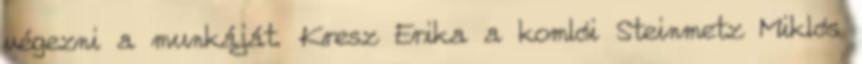
végezni a munkáját. Kresz Erika a komlói Steinmetz Miklós